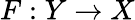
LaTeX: F:Y\rightarrow X